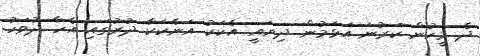
ދެ މީހުން ކަރުނަ އަޅަމުން ދިޔައީ އެކަކު އަނެކަކާ ދުރުގައި އެހާ ދުވަހު